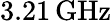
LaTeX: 3.21\, \mathrm{GHz}